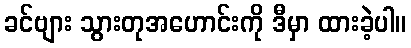
ခင်ဗျား သွားတုအဟောင်းကို ဒီမှာ ထားခဲ့ပါ။